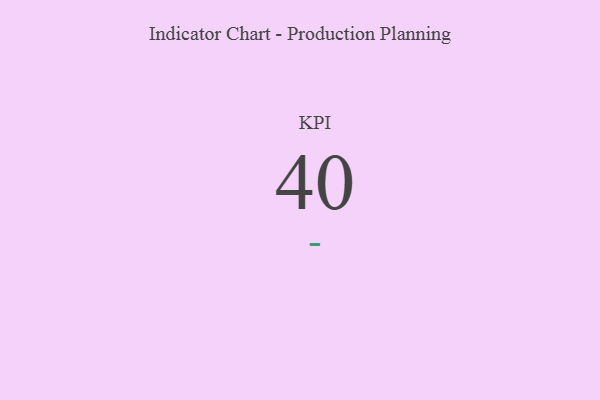
{"axis": {"x": "KPI", "y": "Value"}, "legend": [""], "data": [{"x": "KPI", "y": 40, "type": ""}]}